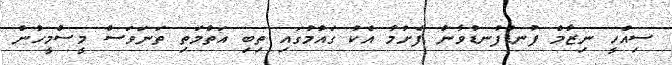
ސިއްހީ ނިޒާމް ފުނޑުފުނޑުވާން ފެށުމާ އެކު ގައުމުގައި ތިބި އަތްމަތި ތަނަވަސް މީސްމީހުން